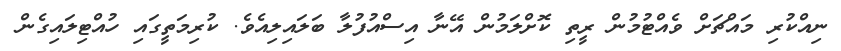
ނިއްކުރި މައްޗަށް ވެއްޓުމުން ރީތި ކޮށްލަމުން އޭނާ އިސްއުފުލާ ބަލައިލިއެވެ. ކުރިމަތީގައި ހުއްޓިލައިގެން